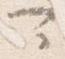
可